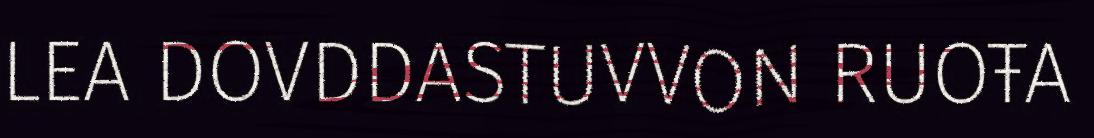
LEA DOVDDASTUVVON RUOŦA